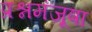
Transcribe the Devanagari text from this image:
प्रश्नमंजूषा